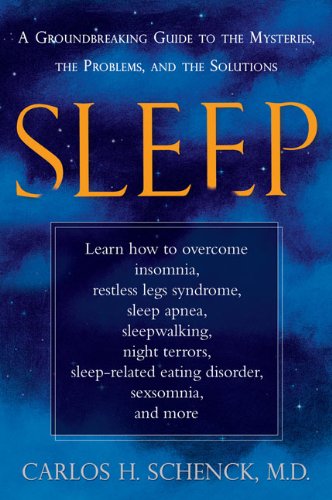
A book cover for Sleep: A Groundbreaking Guide to the Mysteries, the Problems, and the Solutions; Carlos H. Schenck; Health, Fitness & Dieting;